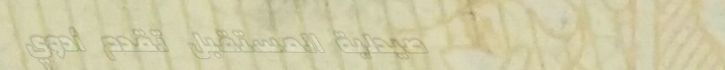
صيدلية المستقبل تقدم أدوي